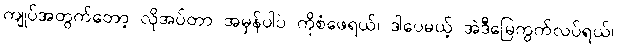
ကျုပ်အတွက်တော့ လိုအပ်တာ အမှန်ပါပဲ ကိုစံဖေရယ်၊ ဒါပေမယ့် အဲဒီမြေကွက်လပ်ရယ်၊